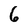
Character: 6